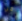
من